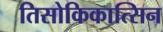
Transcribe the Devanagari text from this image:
तिसोकिकात्सिन